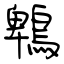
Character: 鵯